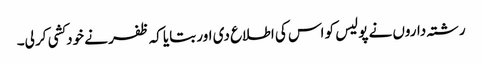
رشتہ داروں نے پولیس کو اس کی اطلاع دی اور بتایا کہ ظفر نے خودکشی کر لی۔